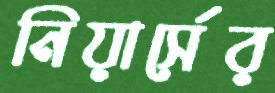
নিয়ার্সের